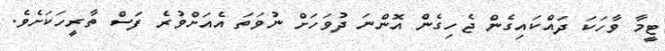
ޓީމާ ވާހަކަ ދައްކައިގެން ޖެހިގެން އޮންނަ ދުވަހަށް ނުވަތަ އެއަށްވުރެ ފަސް ތާރީހަކަށެވެ.